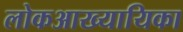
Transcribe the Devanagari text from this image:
लोकआख्यायिका